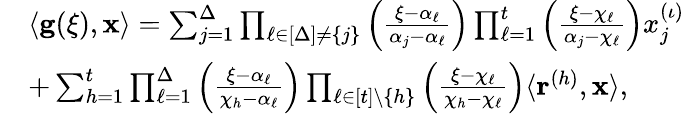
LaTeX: \begin{array}{rl}&{\langle\mathbf{g}(\xi),\mathbf{x}\rangle=\sum_{j=1}^{\Delta}\prod_{\ell\in[\Delta]\ne\{ j\} }\left(\frac{\xi-\alpha_{\ell}}{\alpha_{j}-\alpha_{\ell}}\right)\prod_{\ell=1}^{t}\left(\frac{\xi-\chi_{\ell}}{\alpha_{j}-\chi_{\ell}}\right)x_{j}^{(\iota)}}\\ &{+\sum_{h=1}^{t}\prod_{\ell=1}^{\Delta}\left(\frac{\xi-\alpha_{\ell}}{\chi_{h}-\alpha_{\ell}}\right)\prod_{\ell\in[t]\setminus\{ h\} }\left(\frac{\xi-\chi_{\ell}}{\chi_{h}-\chi_{\ell}}\right)\langle\mathbf{r}^{(h)},\mathbf{x}\rangle,}\end{array}